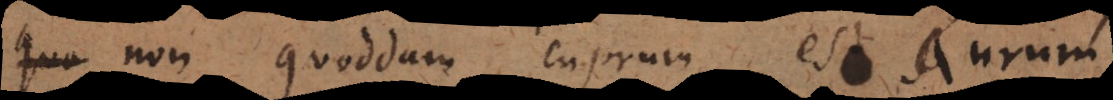
non quoddam cuprum est aurum,